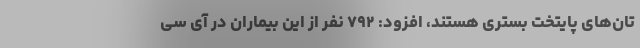
تان‌های پایتخت بستری هستند، افزود: ۷۹۲ نفر از این بیماران در آی سی